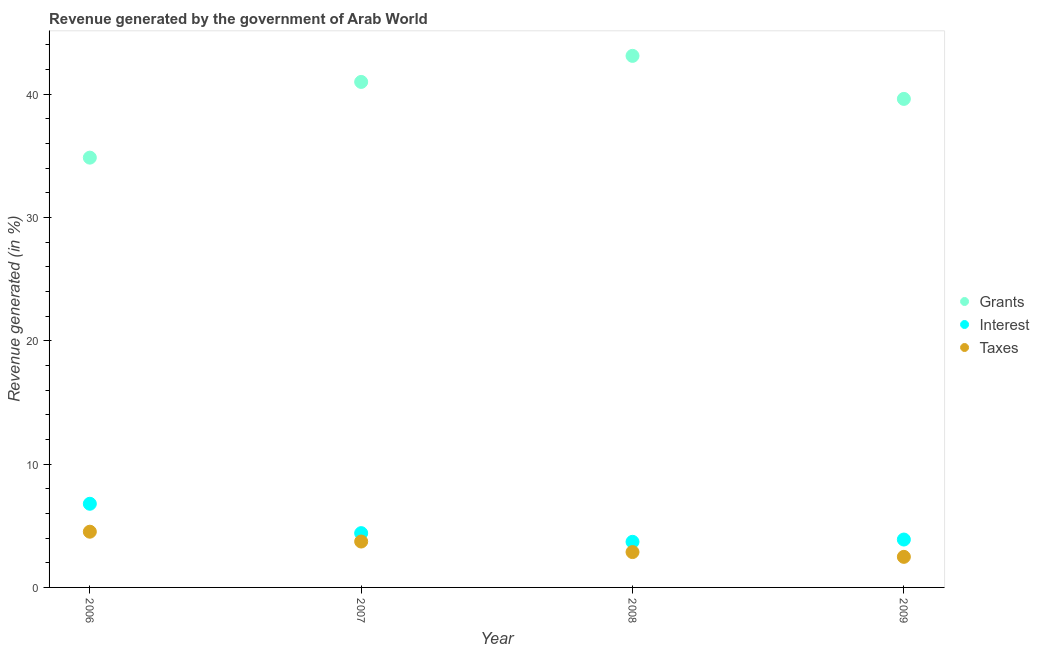
| Year | Grants | Interest | Taxes |
 | --- | --- | --- | --- |
 | 2006 | 34.9 | 6.78 | 4.52 |
 | 2007 | 41 | 4.4 | 3.72 |
 | 2008 | 43.1 | 3.7 | 2.87 |
 | 2009 | 39.6 | 3.88 | 2.48 |